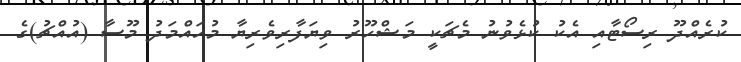
ކުރެއްދޫ ރިސޯޓާއި އެކު ކުޅެވުނު މެޗަކީ މަޝްހޫރު ވިޔަފާރިވެރިޔާ މުހައްމަދު މޫސާ (އުއްޗު)ގެ